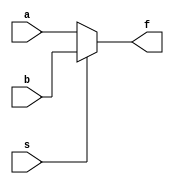
module mux2to1_beh(a,b,s,f);
    input a,b,s;
    output reg f;
    always@(*)
    begin
        if(s)   f = b;
        else    f = a;
    end
endmodule